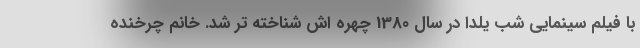
با فیلم سینمایی شب یلدا در سال 1380 چهره اش شناخته تر شد. خانم چرخنده